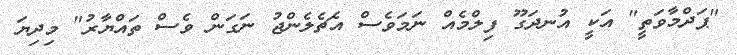
"ޕަދްމާވަތީ" އަކީ އުނދަގޫ ފިލްމެއް ނަމަވެސް އެޗެލެންޖު ނަގަން ވެސް ތައްޔާރު" މިދިޔަ